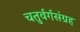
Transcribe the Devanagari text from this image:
चतुर्वर्गसंग्रह